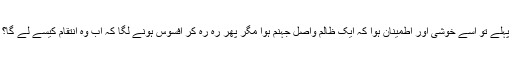
پہلے تو اسے خوشی اور اطمینان ہوا کہ ایک ظالم واصلِ جہنم ہوا مگر پھر رہ رہ کر افسوس ہونے لگا کہ اب وہ انتقام کیسے لے گا؟